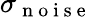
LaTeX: \sigma_{\mathrm{~n~o~i~s~e~}}